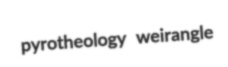
pyrotheology weirangle